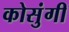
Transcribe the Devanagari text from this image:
कोसुंगी